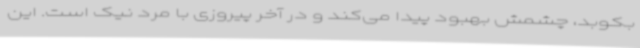
بکوبد، چشمش بهبود پیدا می‌کند و در آخر پیروزی با مرد نیک است. این